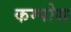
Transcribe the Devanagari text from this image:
कम्पोस